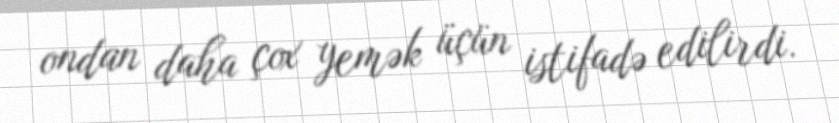
ondan daha çox yemək üçün istifadə edilirdi.